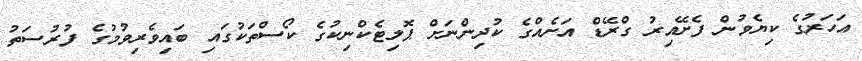
އަހަރުގެ ކިޔެވުން ފެށޭއިރު ގްރޭޑް އަށެއްގެ ކުދިންނަށް ޕޮލިޓެކްނިކުގެ ކޯސްތަކުގައި ބައިވެރިވުމުގެ ފުރުސަތު